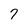
Character: 7